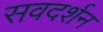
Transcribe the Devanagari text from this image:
सवदर्शन